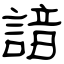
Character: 諳